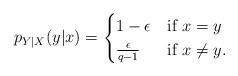
LaTeX: \begin{align*} p_{Y|X}(y|x) = \begin{cases} 1-\epsilon& \mbox{if } x=y\\ \frac{\epsilon}{q-1}& \mbox{if } x\neq y. \end{cases} \end{align*}